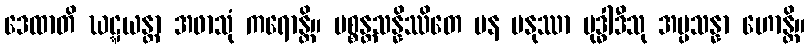
ဒေထာတိ ဃဋ္ဋယန္တာ အဖာသုံ ကရောန္တိ။ ပစ္စန္တသန္နိဿိတေ ပန မနုဿာ ဗုဒ္ဓါဒီသု အပ္ပသန္နာ ဟောန္တိ။